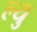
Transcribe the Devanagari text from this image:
ल्यु